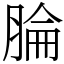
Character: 腀